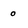
Character: 0